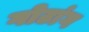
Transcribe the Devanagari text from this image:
गोटांग